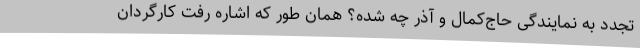
تجدد به نمایندگی حاج‌کمال و آذر چه شده؟ همان طور که اشاره رفت کارگردان